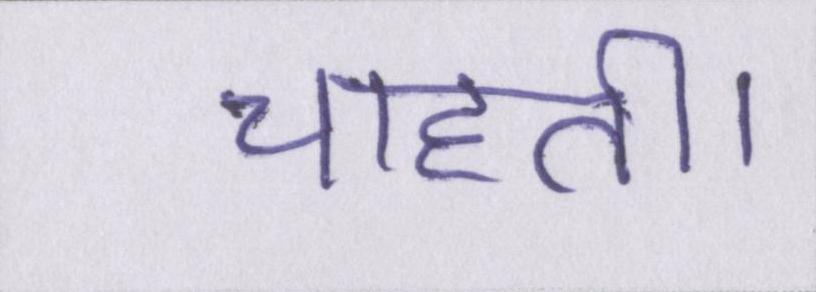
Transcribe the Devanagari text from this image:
चाहती।